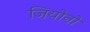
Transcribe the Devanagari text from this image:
जियोनो